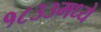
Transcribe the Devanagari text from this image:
१८३३मध्ये